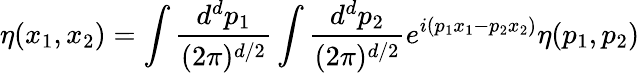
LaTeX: \eta(x_{1},x_{2})=\int{\frac{d^{d}p_{1}}{(2\pi)^{d/2}}}\int{\frac{d^{d}p_{2}}{(2\pi)^{d/2}}}e^{i(p_{1}x_{1}-p_{2}x_{2})}\eta(p_{1},p_{2})